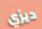
ديزي